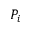
P _ { i }